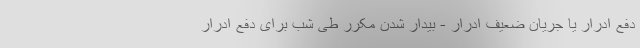
دفع ادرار یا جریان ضعیف ادرار - بیدار شدن مکرر طی شب برای دفع ادرار